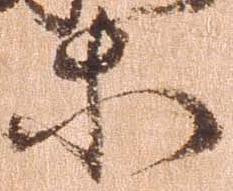
等